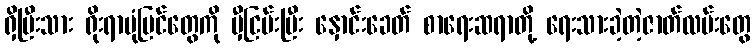
ရှိပြီးသား ရိုးရာပုံပြင်တွေကို မှီငြမ်းပြီး နှောင်းခေတ် စာရေးဆရာတို့ ရေးသားခဲ့တဲ့ဇာတ်လမ်းတွေ